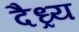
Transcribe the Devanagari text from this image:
दैध्र्य